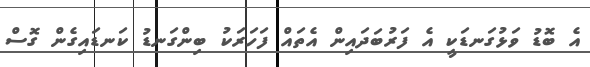
އެ ބޮޑު ވަޅުގަނޑަކީ އެ ފަރުބަދައިން އެތައް ފަހަރަކު ބިންގަނޑު ކަނޑައިގެން ގޮސް